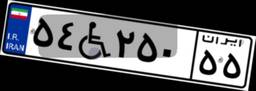
۳۴W۹۵۳۳۱